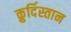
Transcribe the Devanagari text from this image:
क़ुर्दिस्तान